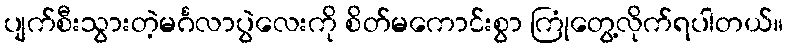
ပျက်စီးသွားတဲ့မင်္ဂလာပွဲလေးကို စိတ်မကောင်းစွာ ကြုံတွေ့လိုက်ရပါတယ်။